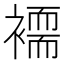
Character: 𮖲